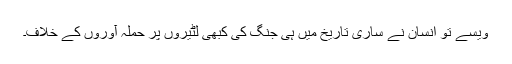
ویسے تو انسان نے ساری تاریخ میں ہی جنگ کی کبھی لٹیروں پر حملہ آوروں کے خلاف۔